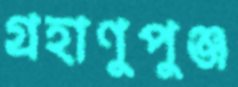
গ্রহাণুপুঞ্জ